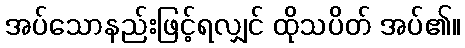
အပ်သောနည်းဖြင့်ရလျှင် ထိုသပိတ် အပ်၏။